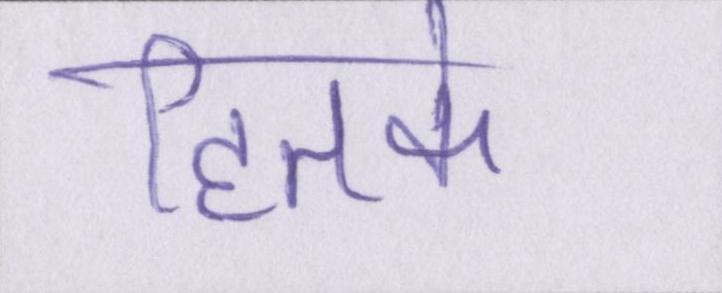
हितके